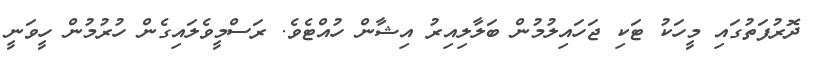
ދޮރުފަތުގައި މީހަކު ޓަކި ޖަހައިލުމުން ބަލާލިއިރު އިޝާން ހުއްޓެވެ. ރަސްމީވެލައިގެން ހުރުމުން ހީވަނީ